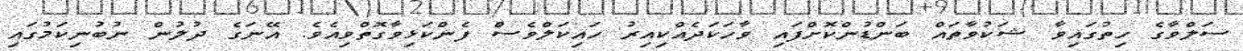
ސަލްވާގެ ހިތުގައިވާ ޝަކުވާތައް ބަންޑުންކޮށްފައި ވާހަކަދެއްކިއިރު ހައިކަލްވެސް ފެންކަޅިވާގޮތްވިއެވެ. އޭނަގެ ދުލުން ނުބުނިކަމުގައި